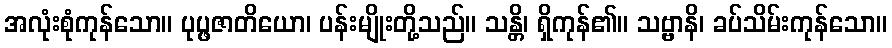
အလုံးစုံကုန်သော။ ပုပ္ဖဇာတိယော၊ ပန်းမျိုးတို့သည်။ သန္တိ၊ ရှိကုန်၏။ သဗ္ဗာနိ၊ ခပ်သိမ်းကုန်သော။